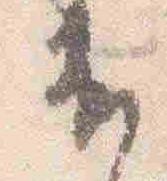
出